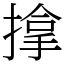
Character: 𢲡